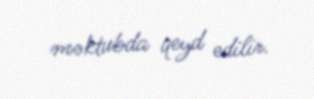
məktubda qeyd edilir.